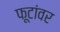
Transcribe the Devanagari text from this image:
फूटांवर